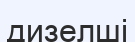
дизелші